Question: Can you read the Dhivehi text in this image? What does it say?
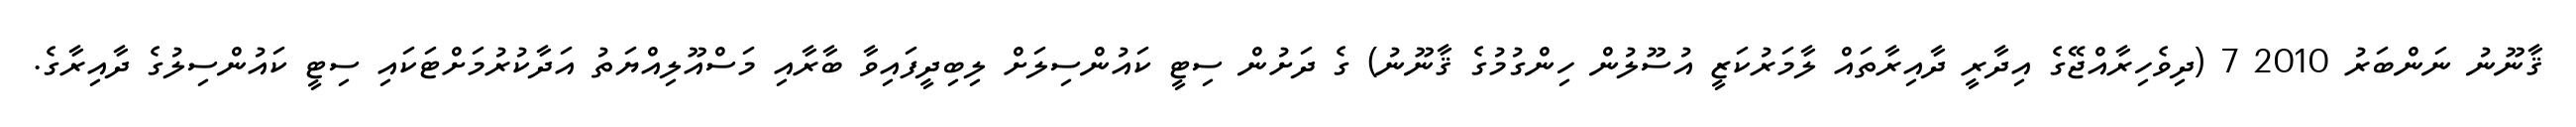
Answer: ޤާނޫނު ނަންބަރު 2010 7 (ދިވެހިރާއްޖޭގެ އިދާރީ ދާއިރާތައް ލާމަރުކަޒީ އުސޫލުން ހިންގުމުގެ ޤާނޫނު) ގެ ދަށުން ސިޓީ ކައުންސިލަށް ލިބިދީފައިވާ ބާރާއި މަސްއޫލިއްޔަތު އަދާކުރުމަށްޓަކައި ސިޓީ ކައުންސިލުގެ ދާއިރާގެ.